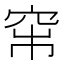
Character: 𥥏